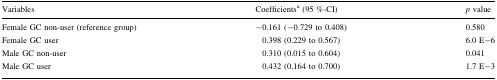
<table><thead><tr><td><b>Variables</b></td><td><b>Coefficients<sup>a</sup> (95 %-CI)</b></td><td><b><i>p</i> value</b></td></tr></thead><tbody><tr><td>Female GC non-user (reference group)</td><td>−0.161 (−0.729 to 0.408)</td><td>0.580</td></tr><tr><td>Female GC user</td><td>0.398 (0.229 to 0.567)</td><td>6.0 E−6</td></tr><tr><td>Male GC non-user</td><td>0.310 (0.015 to 0.604)</td><td>0.041</td></tr><tr><td>Male GC user</td><td>0.432 (0.164 to 0.700)</td><td>1.7 E−3</td></tr></tbody></table>